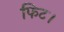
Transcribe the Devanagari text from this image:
फिट।